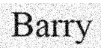
Barry